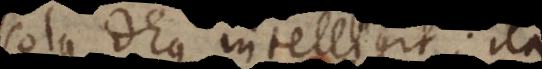
solus Deus intelligit; ita